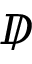
D \! \! \! \! /